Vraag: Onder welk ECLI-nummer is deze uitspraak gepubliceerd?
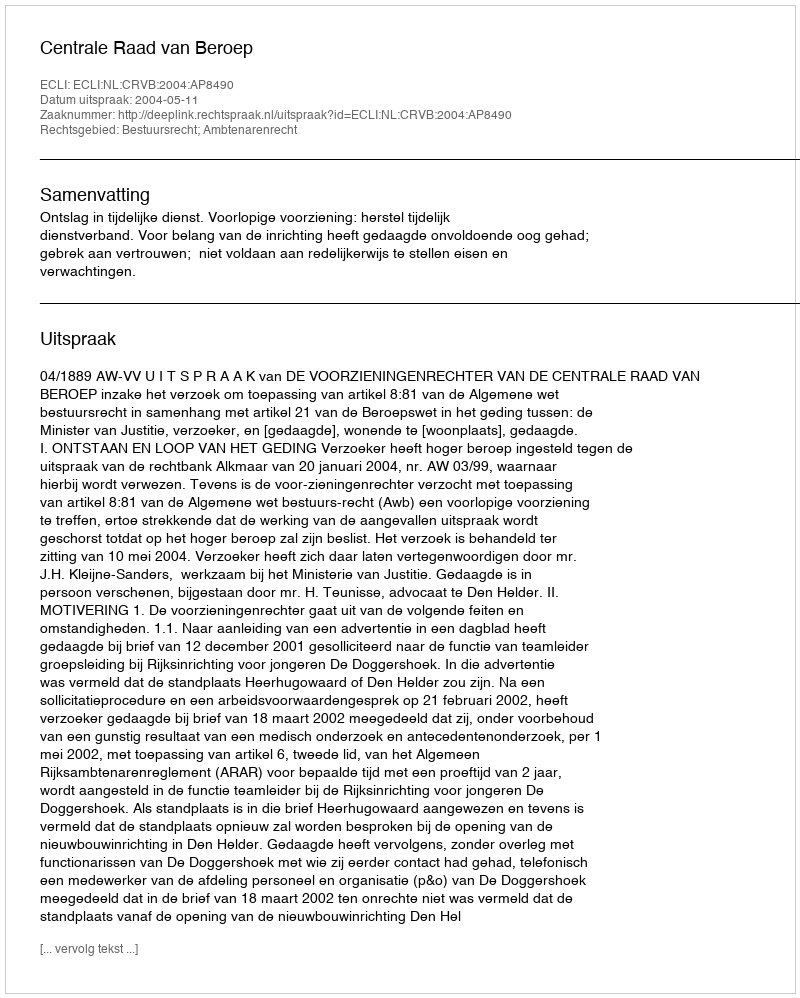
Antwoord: ECLI:NL:CRVB:2004:AP8490